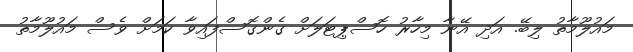
މައުލޫމާތު ލިބޭ. އަދި އޭނާ މިހާރު ހޮސްޕިޓަލަށް ގެންގޮސްފައިވާ ކަމަށް ވެސް މައުލޫމާތު